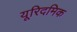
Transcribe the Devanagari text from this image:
यूरिदमिक